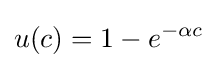
u(c)=1-e^{-\alpha c}